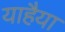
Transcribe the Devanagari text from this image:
याहैया